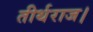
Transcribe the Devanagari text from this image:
तीर्थराज।